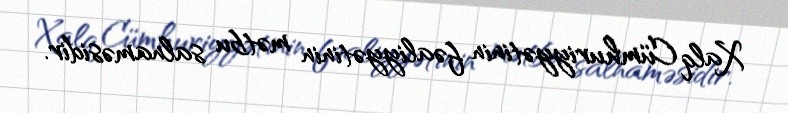
Xalq Cümhuriyyətinin fəaliyyətinin mətbu salnaməsidir.